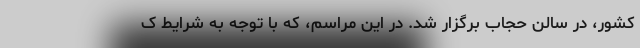
کشور، در سالن حجاب برگزار شد. در این مراسم، که با توجه به شرایط ک